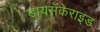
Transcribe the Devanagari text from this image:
डायसॅकेराइड